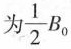
为 $$\frac{1}{2}B_{0}$$